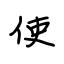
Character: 使